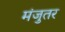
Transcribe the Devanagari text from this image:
मंजुतर